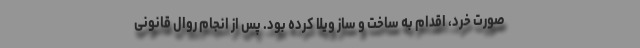
صورت خرد، اقدام به ساخت و ساز ویلا کرده بود. پس از انجام روال قانونی